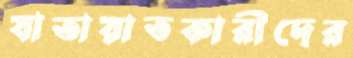
যাতায়াতকারীদের